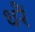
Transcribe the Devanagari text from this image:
धरैं